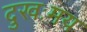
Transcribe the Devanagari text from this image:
दुखःमय